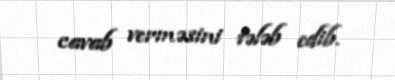
cavab verməsini tələb edib.